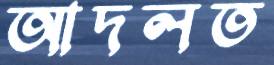
আদলত